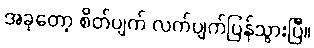
အခုတော့ စိတ်ပျက် လက်ပျက်ပြန်သွားပြီ။